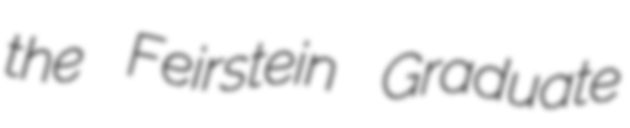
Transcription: the Feirstein Graduate